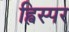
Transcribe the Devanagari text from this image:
ह्विस्पर